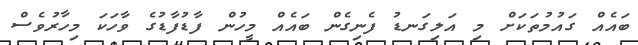
ބައެއް ގައުމުތަކަށް މި އަލިގަނޑު ފެނިގެން ބައެއް މީހުން ފާޑުފާޑުގެ ވާހަކަ މިހާރުވެސް